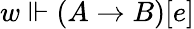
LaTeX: w\Vdash(A\to B)[e]